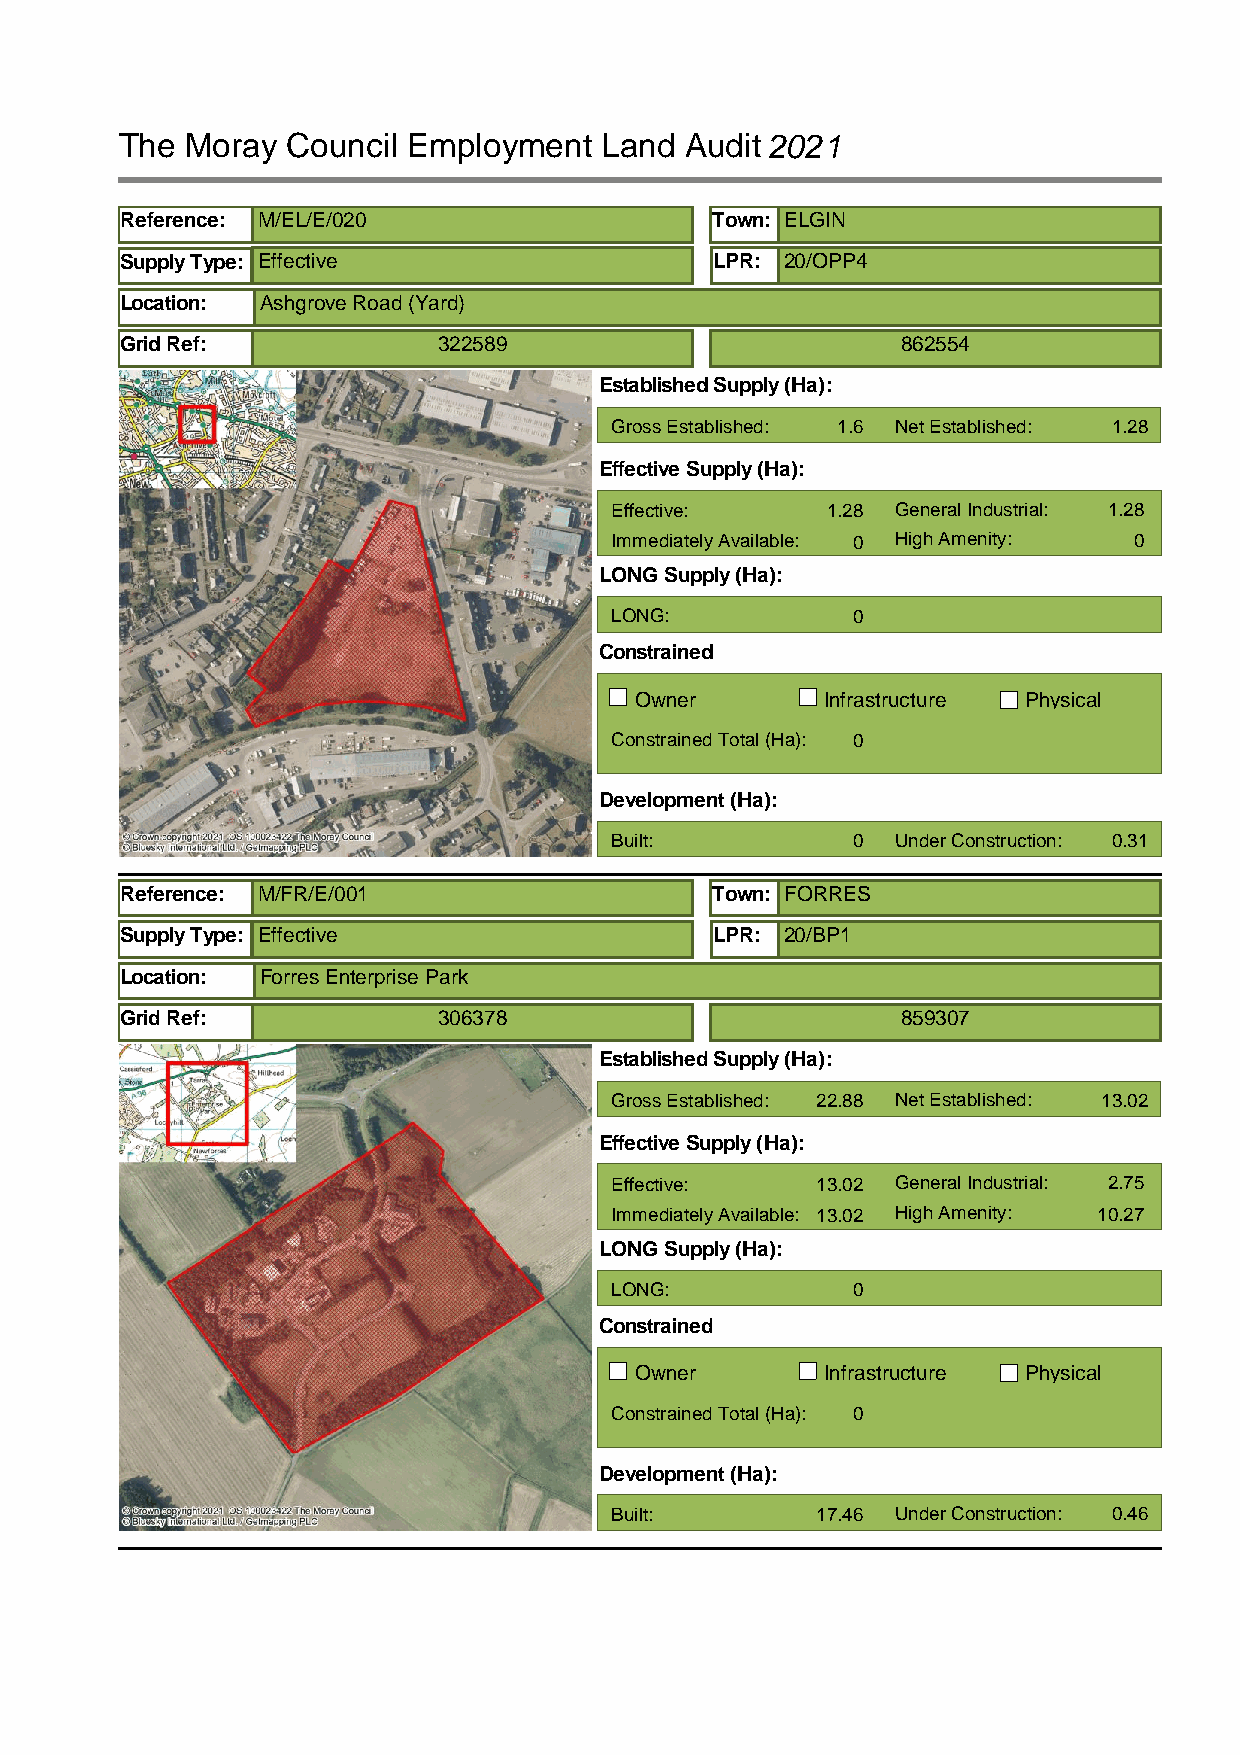
The Moray  Council Employment   Land Audit2021
 Reference: M/EL/E/020                  Town: ELGIN
 Supply Type: Effective                 LPR: 20/OPP4
 Location: Ashgrove Road (Yard)
 Grid Ref:            322589                         862554
 Established Supply (Ha):
 Gross Established: 1.6 Net Established: 1.28
 Effective Supply (Ha):
 Effective:     1.28 General Industrial: 1.28
 Immediately Available: 0 High Amenity: 0
 LONG Supply (Ha):
 LONG:           0
 Constrained
 Owner        Infrastructure Physical
 Constrained Total (Ha): 0
 Development (Ha):
 Built:          0  Under Construction: 0.31
 Reference: M/FR/E/001                  Town: FORRES
 Supply Type: Effective                 LPR: 20/BP1
 Location: Forres Enterprise Park
 Grid Ref:            306378                         859307
 Established Supply (Ha):
 Gross Established: 22.88 Net Established: 13.02
 Effective Supply (Ha):
 Effective:    13.02 General Industrial: 2.75
 Immediately Available: 13.02 High Amenity: 10.27
 LONG Supply (Ha):
 LONG:           0
 Constrained
 Owner        Infrastructure Physical
 Constrained Total (Ha): 0
 Development (Ha):
 Built:        17.46 Under Construction: 0.46